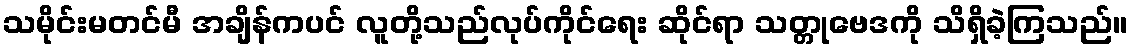
သမိုင်းမတင်မီ အချိန်ကပင် လူတို့သည်လုပ်ကိုင်ရေး ဆိုင်ရာ သတ္တုဗေဒကို သိရှိခဲ့ကြသည်။